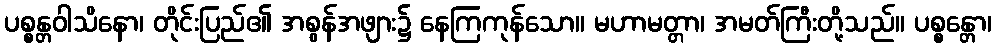
ပစ္စန္တဝါသိနော၊ တိုင်းပြည်၏ အစွန်အဖျား၌ နေကြကုန်သော။ မဟာမတ္တာ၊ အမတ်ကြီးတို့သည်။ ပစ္စန္တော၊